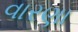
વારણા